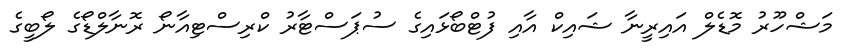
މަޝްހޫރު މޮޑެލް އައިރީނާ ޝައިކް އާއި ފުޓްބޯޅައިގެ ސުޕަސްޓާރު ކްރިސްޓިއާނޯ ރޮނާލްޑޯގެ ލޯބީގެ